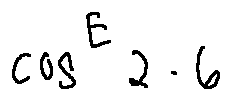
\cos ^ { E } 2 . 6